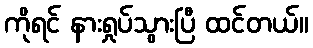
ကိုရင် နားရှုပ်သွားပြီ ထင်တယ်။